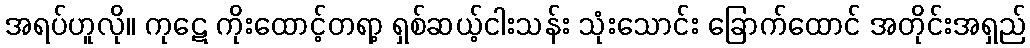
အရပ်ဟူလို။ ကုဋေ ကိုးထောင့်တရာ့ ရှစ်ဆယ့်ငါးသန်း သုံးသောင်း ခြောက်ထောင် အတိုင်းအရှည်